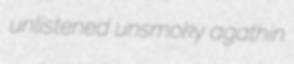
unlistened unsmoky agathin